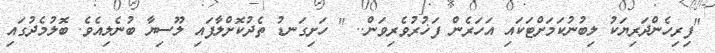
"ފިރިހެންދަރިޔަކު ލިބުނުކަމަށްޓަކައި އަހަރެން ފަޚުރުވެރިވަން.. " ހަށިގަނޑު ތެދުކޮށްލާފައި ލޫސިޔާ ބުނެލިއެވެ. ބޮލުމެދުގައި